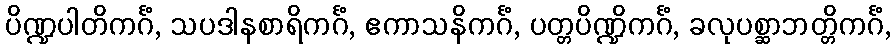
ပိဏ္ဍပါတိကင်္ဂံ, သပဒါနစာရိကင်္ဂံ, ဧကာသနိကင်္ဂံ, ပတ္တပိဏ္ဍိကင်္ဂံ, ခလုပစ္ဆာဘတ္တိကင်္ဂံ,